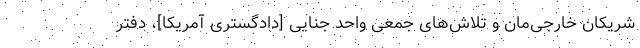
شریکان خارجی‌مان و تلاش‌های جمعی واحد جنایی [دادگستری آمریکا]، دفتر